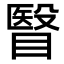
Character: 瞖